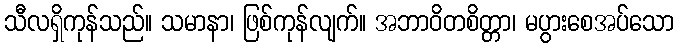
သီလရှိကုန်သည်။ သမာနာ၊ ဖြစ်ကုန်လျက်။ အဘာဝိတစိတ္တာ၊ မပွားစေအပ်သော